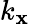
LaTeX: k_{\mathbf{x}}